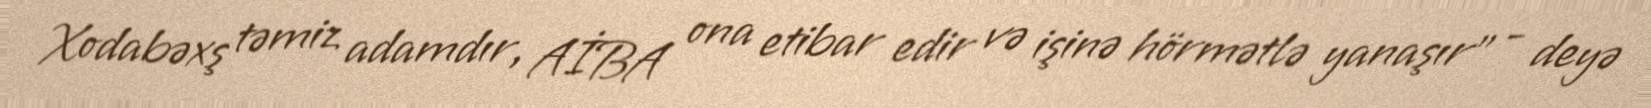
Xodabəxş təmiz adamdır, AİBA ona etibar edir və işinə hörmətlə yanaşır” - deyə